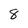
Character: 8